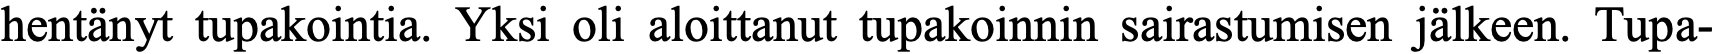
hentänyt tupakointia. Yksi oli aloittanut tupakoinnin sairastumisen jälkeen. Tupa-